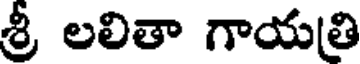
శ్రీ లలితా గాయత్రి